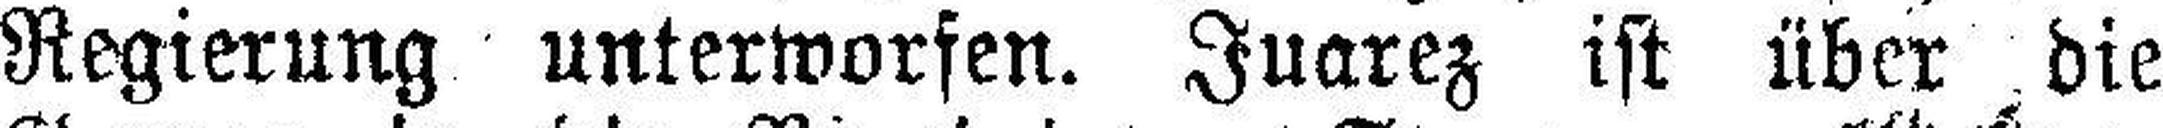
Regierung unterworfen. Juarez ist über die